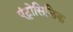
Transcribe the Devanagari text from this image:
एंट्रोसिलिक